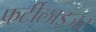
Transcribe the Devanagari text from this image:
फर्टीलाइजर